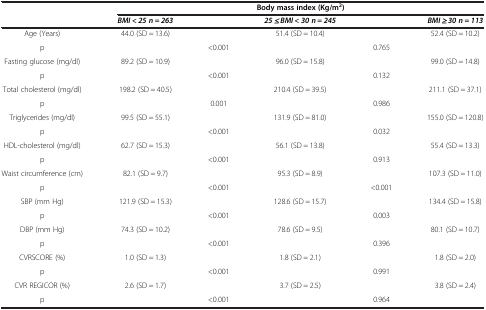
|  | <COLSPAN=5> Body mass index (Kg/m2) |
 |  | BMI < 25 n = 263 |  | 25 ≤ BMI < 30 n = 245 |  | BMI ≥ 30 n = 113 |
 | --- | --- | --- | --- | --- | --- |
 | Age (Years) | 44.0 (SD = 13.6) |  | 51.4 (SD = 10.4) |  | 52.4 (SD = 10.2) |
 | p |  | <0.001 |  | 0.765 |  |
 | Fasting glucose (mg/dl) | 89.2 (SD = 10.9) |  | 96.0 (SD = 15.8) |  | 99.0 (SD = 14.8) |
 | p |  | <0.001 |  | 0.132 |  |
 | Total cholesterol (mg/dl) | 198.2 (SD = 40.5) |  | 210.4 (SD = 39.5) |  | 211.1 (SD = 37.1) |
 | p |  | 0.001 |  | 0.986 |  |
 | Triglycerides (mg/dl) | 99.5 (SD = 55.1) |  | 131.9 (SD = 81.0) |  | 155.0 (SD = 120.8) |
 | p |  | <0.001 |  | 0.032 |  |
 | HDL-cholesterol (mg/dl) | 62.7 (SD = 15.3) |  | 56.1 (SD = 13.8) |  | 55.4 (SD = 13.3) |
 | p |  | <0.001 |  | 0.913 |  |
 | Waist circumference (cm) | 82.1 (SD = 9.7) |  | 95.3 (SD = 8.9) |  | 107.3 (SD = 11.0) |
 | p |  | <0.001 |  | <0.001 |  |
 | SBP (mm Hg) | 121.9 (SD = 15.3) |  | 128.6 (SD = 15.7) |  | 134.4 (SD = 15.8) |
 | p |  | <0.001 |  | 0.003 |  |
 | DBP (mm Hg) | 74.3 (SD = 10.2) |  | 78.6 (SD = 9.5) |  | 80.1 (SD = 10.7) |
 | p |  | <0.001 |  | 0.396 |  |
 | CVRSCORE (%) | 1.0 (SD = 1.3) |  | 1.8 (SD = 2.1) |  | 1.8 (SD = 2.0) |
 | p |  | <0.001 |  | 0.991 |  |
 | CVR REGICOR (%) | 2.6 (SD = 1.7) |  | 3.7 (SD = 2.5) |  | 3.8 (SD = 2.4) |
 | p |  | <0.001 |  | 0.964 |  |